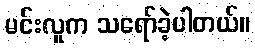
မင်းလူက သရော်ခဲ့ပါတယ်။